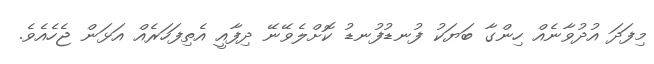
މިފަދަ އުދުވާނެއް ހިންގާ ބަޔަކު ފުނޑުފުނޑު ކޮށްލެވޭނޭ ދިފާއީ އެތިފަހަރެއް އަޅަން ޖެހެއެވެ.